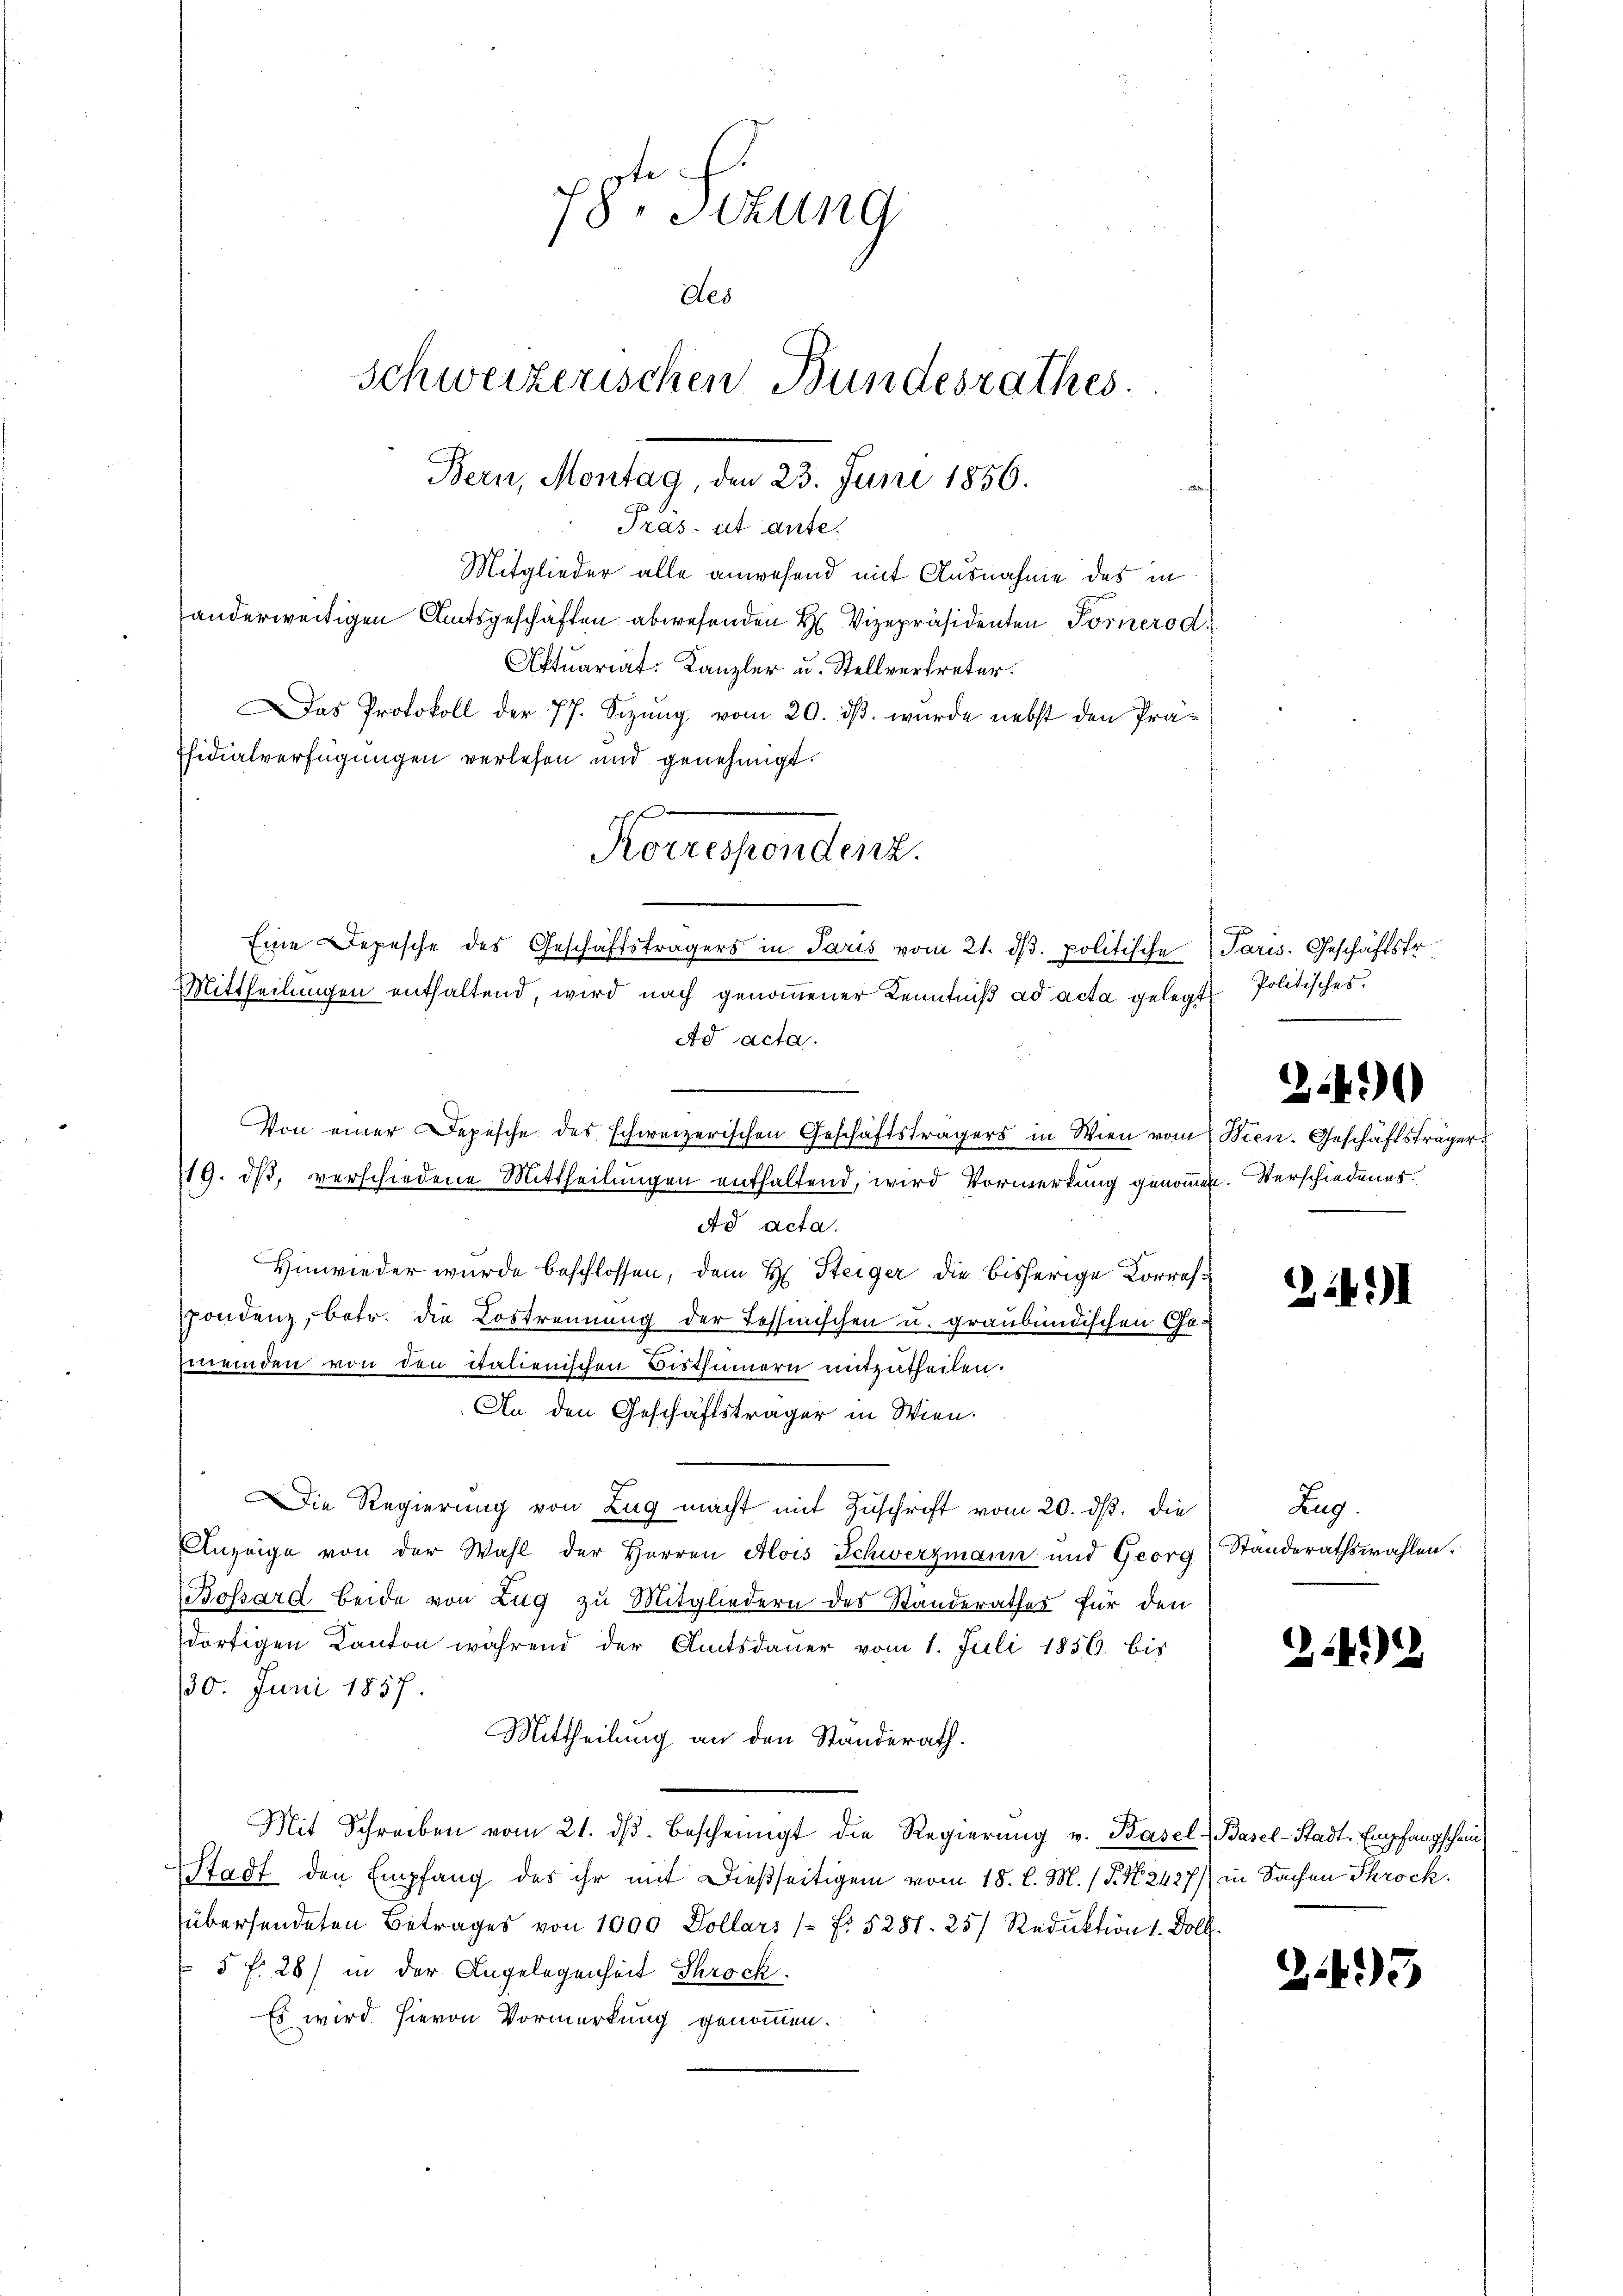
Mitglieder alle anwesend mit Ausnahme des in
anderweitigen Amtsgeschäften abwesenden H. Vizepräsidenten Forner od.
Aktuariat Kanzler u. Stellvertreter.
Das Protokoll der 77. Sizung vom 20. dβ. wurde nebst den Präfsidialverfügungen verlesen und genehmigt.
Korrespondenz.
Eine Depesche des Geschäftsträgers in Paris vom 21. d. politische

ad acta.
Hinwieder wurde beschlossen, dem H. Steiger die bisherige Korrespondenz, betr. die Lostrennung der Tessinischen u. graubündischen Gen
meinden von den italienischen Bisthümern mitzutheilen.
An den Geschäftsträger in Wien.
ie Regierung von Zug macht mit Zuschrift vom 20. ds. die
Anzeige von der Wahl der Herren Alois Schwerzmann und Georg
Bossard beide von Zug zu Mitgliedern des Standerathes für den
dortigen Kanton während der Amtsdauer vom 1. Juli 1856 bis
30. Juni 1857.
Mittheilung an den Standerath.
Mit Schreiben vom 21. dβ bescheinigt die Regierŭng v. Basel, Basel-Stadt-Empfangschein
Stadt den Empfang des ihr mit dießseitigem vom 18. l. M. / P. N. 2427 in Sachen Skrock.
übersendeten Betrages von 1000 Dollars / f. 5281. 25) Reduktion 1. Doll
5 f. 28) in der Angelegenheit Throck.
Es wird hievon Vormerkung genommen.

78. Sizung
des
Schweizerischen Bundesrathes.
Bern, Montag, den 23. Juni 1856.
Pras, ut ante.

Mittheilungen enthaltend, wird nach genommener Kenntniß ad acta gelegt
Ad acta.

Von einer Depesche des schweizerischen Geschäftsträgers in Wien vom Wien. Geschäftsträger
119. dβ, verschiedene Mittheilungen enthaltend, wird Vormerkung genommen. Verschiedenes.

Paris. Geschäftsfr.
Politisches.

2.40

243)

Zug.
Standerathswahlen.

224)

25